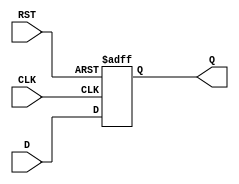
module StoreRegister (
    input wire [N-1:0] D,      // Data input (N-bit wide)
    input wire CLK,             // Clock signal
    input wire RST,             // Asynchronous reset
    output reg [N-1:0] Q        // Data output (N-bit wide)
);
    parameter N = 8;            // Default width of the register (can be changed)

    // Asynchronous reset and synchronous data capture
    always @(posedge CLK or posedge RST) begin
        if (RST) begin
            Q <= {N{1'b0}};      // Clear the register (set to 0)
        end else begin
            Q <= D;              // Capture input data on clock edge
        end
    end
endmodule